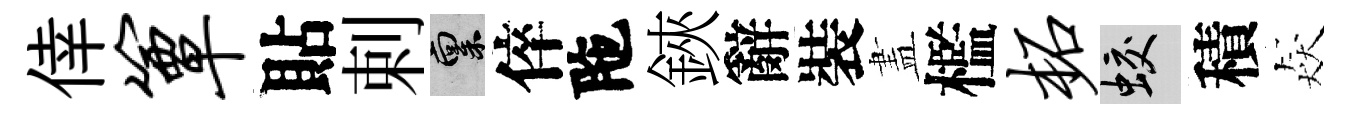
倖簟貼剌禀倅陁鋏辭裝𥁞檻柘蛟積猋